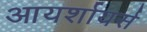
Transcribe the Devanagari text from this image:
आयर्शायर्स